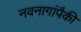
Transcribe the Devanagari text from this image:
नवनागांपैकी